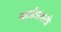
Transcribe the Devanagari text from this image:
थाळीसारखे